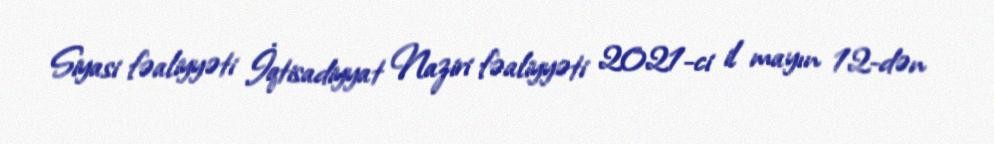
Siyasi fəaliyyəti İqtisadiyyat Naziri fəaliyyəti 2021-ci il mayın 12-dən